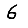
Digit: 6